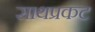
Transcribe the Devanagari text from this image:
साथप्रकट